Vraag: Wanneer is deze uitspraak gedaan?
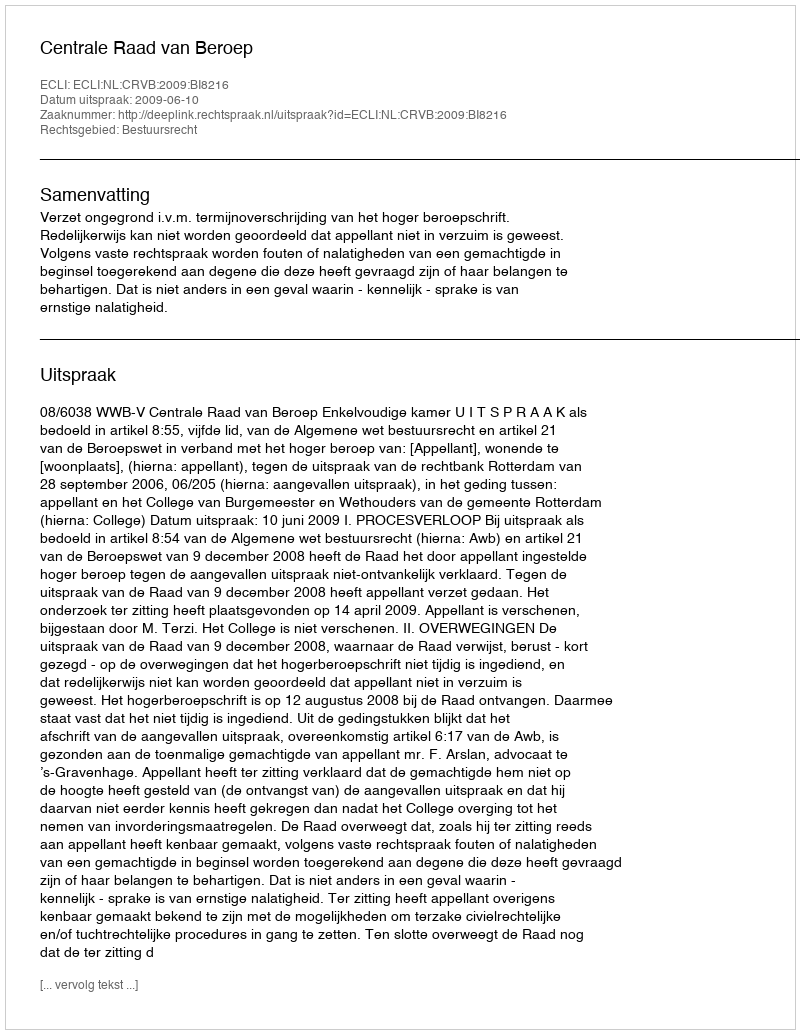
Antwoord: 2009-06-10